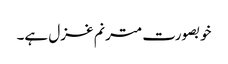
خوبصورت مترنم غزل ہے۔